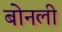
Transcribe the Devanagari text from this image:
बोनली